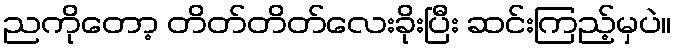
ညကိုတော့ တိတ်တိတ်လေးခိုးပြီး ဆင်းကြည့်မှပဲ။